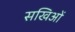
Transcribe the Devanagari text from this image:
सखिओं